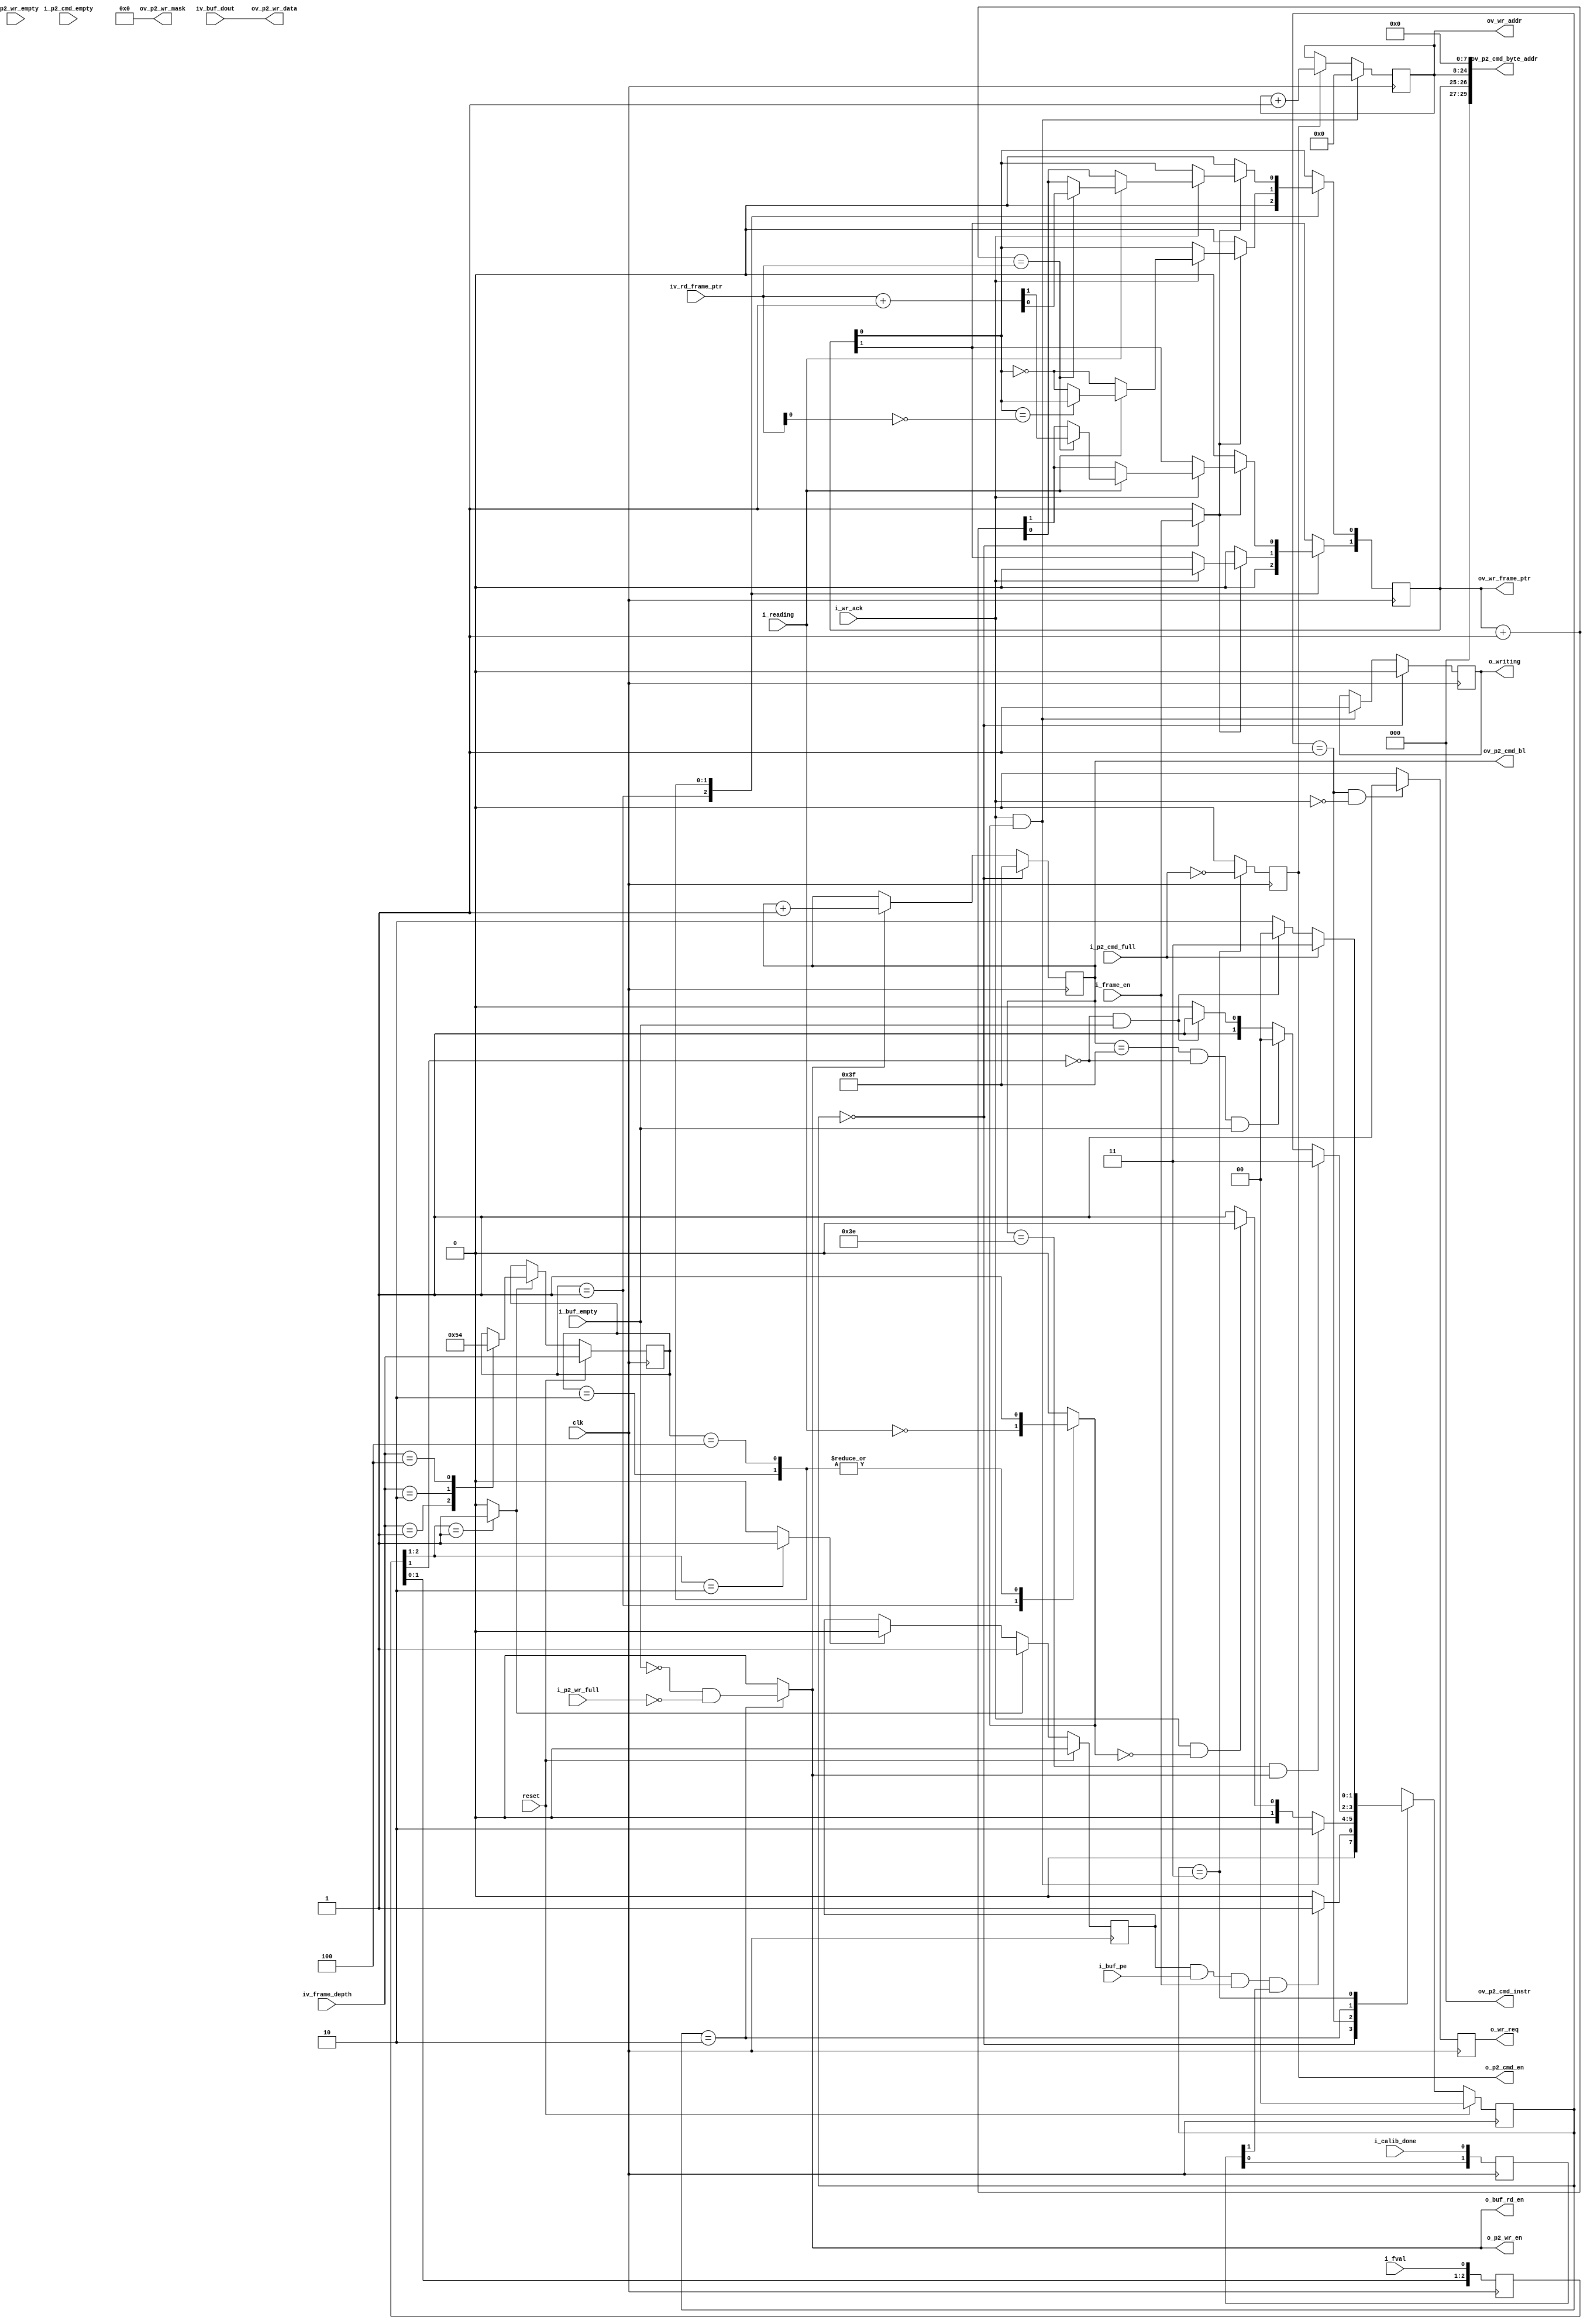
//-------------------------------------------------------------------------------------------------
//  --    : , 2010 -2015.
//  --      .
//  --          : FPGA
//  --        : wr_logic
//  --        : 
//-------------------------------------------------------------------------------------------------
//
//  --  :
//
//  --          :| 				:|  
//-------------------------------------------------------------------------------------------------
//  --        :| 2013/6/3 16:03:55	:|  
//  --        :| 2013/8/6 15:35:23	:|   fval_fall_reg fval_shift[1]
//-------------------------------------------------------------------------------------------------
//
//  --      :	
//              1)  : FIFOMCB WR FIFO
//
//              2)  : ... ...
//
//              3)  : ... ...
//
//-------------------------------------------------------------------------------------------------
//`include			"frame_buffer_def.v"
///
`timescale 1ns/1ps
//-------------------------------------------------------------------------------------------------

module wr_logic # (
	parameter		RD_WR_WITH_PRE		= "FALSE"	,//read write command end with precharge command
	parameter		DDR3_MEM_DENSITY	= "1Gb"		//DDR3  "1Gb" "512Mb"
	)
	(
	//
	input						clk					,
	input						reset				,
	//
	input	[2:0]				iv_frame_depth		,//  1 2 4
	input						i_frame_en			,//
	//
	input						i_fval				,//
	//FIFO
	input	[31:0]				iv_buf_dout			,//FIFO
	output						o_buf_rd_en			,//FIFO
	input						i_buf_pe			,//FIFO
	input						i_buf_empty			,//FIFO
	//wr logic
	output	[1:0]				ov_wr_frame_ptr		,//
	output	[16:0]				ov_wr_addr			,//
	output						o_writing			,//
	//judge
	output						o_wr_req			,//
	input						i_wr_ack			,//
	//rd logic
	input	[1:0]				iv_rd_frame_ptr		,//
	input						i_reading			,//
	//MCB FIFO
	input						i_calib_done		,//MCB
	output						o_p2_cmd_en			,//MCB CMD FIFO 
	output	[2:0]				ov_p2_cmd_instr		,//MCB CMD FIFO 
	output	[5:0]				ov_p2_cmd_bl		,//MCB CMD FIFO 
	output	[29:0]				ov_p2_cmd_byte_addr	,//MCB CMD FIFO 
	input						i_p2_cmd_empty		,//MCB CMD FIFO 
	input						i_p2_cmd_full		,//MCB CMD FIFO 

	output						o_p2_wr_en			,//MCB WR FIFO 
	output	[3:0]				ov_p2_wr_mask		,//MCB WR 
	output	[31:0]				ov_p2_wr_data		,//MCB WR FIFO 
	input						i_p2_wr_full		,//MCB WR FIFO 
	input						i_p2_wr_empty		//MCB WR FIFO 
	);

	//ref signals

	//FSM Parameter Define
	parameter	S_IDLE		= 2'd0;
	parameter	S_REQ		= 2'd1;
	parameter	S_WR		= 2'd2;
	parameter	S_CMD		= 2'd3;

	reg		[1:0]	current_state;
	reg		[1:0]	next_state;

	//FSM for sim
	// synthesis translate_off
	integer			state_ascii;
	always @ ( * ) begin
		case(current_state)
			2'd0 :	state_ascii	<= "S_IDLE";
			2'd1 :	state_ascii	<= "S_REQ";
			2'd2 :	state_ascii	<= "S_WR";
			2'd3 :	state_ascii	<= "S_CMD";
		endcase
	end
	// synthesis translate_on

	reg		[1:0]				calib_done_shift 	= 2'b0;
	reg		[2:0]				fval_shift 			= 3'b100;
	wire						fval_rise			;
	wire						fval_fall			;

	reg							buf_rd_reg 			= 1'b0;
	wire						buf_rd_int			;
	reg		[5:0]				word_cnt 			= 6'b111111;
	reg							cmd_en_reg 			= 1'b0;


	`ifdef	TERRIBLE_TRAFFIC			//10
		reg		[1:0]				wr_frame_ptr 		= 2'b01;
	`else
		reg		[1:0]				wr_frame_ptr 		= 2'b00;
	`endif

	reg		[16:0]				wr_addr 			= 17'b0;
	reg							able_to_write 		= 1'b0;
	reg							wr_req_reg 			= 1'b0;
	reg		[2:0]				frame_depth_d 		= 3'b0;
	reg		[2:0]				frame_depth_reg 	= 3'b0;
	reg							fval_rise_reg 		= 1'b0;
	wire						frame_en_int		;
	reg							writing 			= 1'b0;
	reg							wr_cmd_reg 			= 1'b0;


	//ref ARCHITECTURE

	//  -------------------------------------------------------------------------------------
	//  calib_done  mcb drp clk 
	//  -------------------------------------------------------------------------------------
	always @ (posedge clk) begin
		calib_done_shift	<= {calib_done_shift[0],i_calib_done};
	end

	//  -------------------------------------------------------------------------------------
	//  
	//  -------------------------------------------------------------------------------------

	//
	always @ (posedge clk) begin
		fval_shift	<= {fval_shift[1:0],i_fval};
	end

	assign	fval_rise	= (fval_shift[2:1] == 2'b01) ? 1'b1 : 1'b0;
	assign	fval_fall	= (fval_shift[2:1] == 2'b10) ? 1'b1 : 1'b0;

	always @ (posedge clk) begin
		if(reset) begin
			fval_rise_reg	<= 1'b0;
		end
		else begin
			if(fval_rise == 1'b1) begin
				fval_rise_reg	<= 1'b1;
			end
			else if(fval_fall == 1'b1) begin
				fval_rise_reg	<= 1'b0;
			end
		end
	end

	// frame_depth
	//0
	// 1 2 4
	always @ (posedge clk) begin
		if(reset) begin
			frame_depth_reg		<= iv_frame_depth;
		end else begin
			if(fval_rise == 1'b1) begin
				case(iv_frame_depth)
					3'b001 :
					frame_depth_reg		<= 3'b001;
					3'b010 :
					frame_depth_reg		<= 3'b010;
					3'b100 :
					frame_depth_reg		<= 3'b100;
					default :
					frame_depth_reg		<= frame_depth_reg;
				endcase
			end
		end
	end

	//  -------------------------------------------------------------------------------------
	//  
	//  -------------------------------------------------------------------------------------
	assign	frame_en_int	= (current_state == S_IDLE) ? i_frame_en : 1'b1;

	//  -------------------------------------------------------------------------------------
	//  FIFO
	//  -------------------------------------------------------------------------------------
	//MCB WR FIFO 
	assign	buf_rd_int		= (current_state == S_WR) ? (~i_buf_empty & ~i_p2_wr_full) : 1'b0;
	assign	o_buf_rd_en		= buf_rd_int;

	//FIFOMCB WR FIFO33 FFs
	assign	o_p2_wr_en		= buf_rd_int;
	assign	ov_p2_wr_data	= iv_buf_dout;
	assign	ov_p2_wr_mask	= 4'b0000;

	//burst64
	always @ (posedge clk) begin
		if(current_state == S_IDLE) begin		//wr_adddr
			word_cnt	<= 6'b111111;
		end
		else if(buf_rd_int == 1'b1) begin
			word_cnt	<= word_cnt + 1'b1;
		end
	end

	//  -------------------------------------------------------------------------------------
	//  CMD FIFO
	//  -------------------------------------------------------------------------------------
	//	assign	cmd_en_int	= (current_state == S_CMD) ? (~i_p2_cmd_full) : 1'b0;
	//	assign	o_p2_cmd_en	= cmd_en_int;	//ff

	always @ (posedge clk) begin
		if((current_state == S_CMD)) begin
			wr_cmd_reg	<= ~i_p2_cmd_full;
		end
		else begin
			wr_cmd_reg	<= 1'b0;
		end
	end

	assign	o_p2_cmd_en	= wr_cmd_reg;

	generate
		if(RD_WR_WITH_PRE=="TRUE") begin
			assign	ov_p2_cmd_instr	= 3'b010;	//write with auto precharge
		end
		else begin
			assign	ov_p2_cmd_instr	= 3'b000;		//write without auto precharge
		end
	endgenerate

	assign	ov_p2_cmd_bl	= word_cnt;		//word_cntDDR

	//  -------------------------------------------------------------------------------------
	//  
	//  -------------------------------------------------------------------------------------
	//burst
	always @ (posedge clk) begin
		if((i_wr_ack == 1'b1)&&(able_to_write == 1'b1)) begin		//writing
			wr_addr	<= 'b0;
			//		end else if(cmd_en_int == 1'b1) begin
		end
		else if(wr_cmd_reg == 1'b1) begin
			wr_addr	<= wr_addr + 1;
		end
	end
	assign	ov_wr_addr	= wr_addr;

	//  -------------------------------------------------------------------------------------
	//  
	//  -------------------------------------------------------------------------------------
	always @ (posedge clk) begin
		if((current_state == S_REQ)&&(i_wr_ack == 1'b0)) begin
			wr_req_reg	<= 1'b1;
		end
		else begin
			wr_req_reg	<= 1'b0;
		end
	end
	assign	o_wr_req	= wr_req_reg;

	always @ (posedge clk) begin
		if(current_state == S_IDLE) begin
			writing	<= 1'b0;
		end
		else if((i_wr_ack == 1'b1)&&(able_to_write == 1'b1)) begin
			writing	<= 1'b1;
		end
	end

	assign	o_writing	= writing;
	//  -------------------------------------------------------------------------------------
	//  
	//  -------------------------------------------------------------------------------------

	//
	always @ ( * ) begin
		case(frame_depth_reg)
			3'b001 :		//1 frame	
			begin
				able_to_write		<= !i_reading;
			end
			3'b010 :		//2 frames	
			begin
				able_to_write		<= 1'b1;
			end
			3'b100 :		//4 frames	
			begin
				able_to_write		<= 1'b1;
			end
			default :
			begin
				able_to_write		<= 1'b0;					//
			end
		endcase
	end

	assign	ov_wr_frame_ptr				= wr_frame_ptr;
	//	assign	ov_p2_cmd_byte_addr			= {{3'b0},wr_frame_ptr,wr_addr,{8'b0}};
	//  -------------------------------------------------------------------------------------
	//	UG388 pg63 
	//	ddr3
	//	256yte8bit0
	//	512Mb
	//  -------------------------------------------------------------------------------------
	generate
		if(DDR3_MEM_DENSITY=="512Mb") begin
			assign	ov_p2_cmd_byte_addr	= {{4'b0},wr_frame_ptr,wr_addr[15:0],{8'b0}};
		end
		else begin
			assign	ov_p2_cmd_byte_addr	= {{3'b0},wr_frame_ptr,wr_addr[16:0],{8'b0}};
		end
	endgenerate

	always @ (posedge clk) begin
		case(frame_depth_reg)
			3'b001 :						//1 frame
			wr_frame_ptr	<= 'b0;
			3'b010 :						//2 frames
			if(frame_en_int == 1'b0) begin			//IDLE
				wr_frame_ptr	<= 'b0;
			end
			else begin
				if(i_wr_ack == 1'b1) begin											//cycle
					if(i_reading == 1'b1) begin
						if(wr_frame_ptr[0] == ~iv_rd_frame_ptr[0]) begin			//
							wr_frame_ptr[1]	<= 1'b0;								//2MSB0
							wr_frame_ptr[0]	<= wr_frame_ptr[0];						//LSB
						end
						else begin												//
							wr_frame_ptr[1]	<= 1'b0;								//2MSB0
							wr_frame_ptr[0]	<= ~wr_frame_ptr[0];					//LSB+1
						end
					end
					else begin													//
						wr_frame_ptr[1]	<= 1'b0;									//2MSB0
						wr_frame_ptr[0]	<= ~wr_frame_ptr[0];						//LSB+1
					end
				end
			end
			3'b100 :						//4 frames
			if(frame_en_int == 1'b0) begin			//IDLE
				`ifdef	TERRIBLE_TRAFFIC			//10
					wr_frame_ptr	<= 2'b01;
				`else
					wr_frame_ptr	<= 2'b00;
				`endif
			end
			else begin
				if(i_wr_ack == 1'b1) begin											//cycle
					if(i_reading == 1'b1) begin
						if((wr_frame_ptr + 1) == iv_rd_frame_ptr) begin				//
							wr_frame_ptr	<= iv_rd_frame_ptr + 1;					//=+1
						end
						else begin												//
							wr_frame_ptr	<= wr_frame_ptr + 1;					//
						end
					end
					else begin													//
						wr_frame_ptr	<= wr_frame_ptr + 1;						//
					end
				end
			end
			default :
			//			wr_frame_ptr	<= 'b0;		//
			;
		endcase
	end

	//  -------------------------------------------------------------------------------------
	//	ref FSM 
	//  -------------------------------------------------------------------------------------
	//FSM Sequential Logic
	always @ (posedge clk) begin
		if(reset == 1'b1) begin
			current_state	<= S_IDLE;
		end
		else begin
			current_state	<= next_state;
		end
	end

	//FSM Conbinatial Logic
	always @ ( * ) begin
		case(current_state)

			//
			//1 fval
			//2 FIFO
			//3 
			//4 DDR3
			//IDLE
			S_IDLE :
			if((fval_rise_reg == 1'b1)&&(i_buf_pe == 1'b1)&&(i_frame_en == 1'b1)&&(calib_done_shift[1] == 1'b1)) begin
				next_state	= S_REQ;
			end
			else begin
				next_state	= S_IDLE;
			end

			//JUDGE
			//ACK1clk
			S_REQ :
			if((i_wr_ack == 1'b1)&&(able_to_write == 1'b1)) begin
				next_state	= S_WR;
			end
			else if((i_wr_ack == 1'b1)&&(able_to_write == 1'b0)) begin
				next_state	= S_IDLE;
			end
			else begin
				next_state	= S_REQ;
			end

			//FIFO MCB WR FIFO 
			//64burst
			//fval
			S_WR :
			if((word_cnt == 6'b111110)&&(buf_rd_int == 1'b1)) begin			//burst
				next_state	= S_CMD;
				//			end else if((word_cnt == 6'b111111)&&(fval_fall_reg == 1'b1)&&(i_buf_empty == 1'b1)) begin	//
			end
			else if((word_cnt == 6'b111111)&&(fval_shift[1] == 1'b0)&&(i_buf_empty == 1'b1)) begin	//

				next_state	= S_IDLE;
				//			end else if((fval_fall_reg == 1'b1)&&(i_buf_empty == 1'b1)) begin	//FIFO
			end
			else if((fval_shift[1] == 1'b0)&&(i_buf_empty == 1'b1)) begin	//FIFO
				next_state	= S_CMD;
			end
			else begin
				next_state	= S_WR;
			end

			//cmd fifo
			S_CMD :
			if(i_p2_cmd_full == 1'b0) begin				//CMD FIFO
				//				if((i_buf_empty == 1'b1)&&(fval_fall_reg == 1'b1)) begin			//FIFO
				if((i_buf_empty == 1'b1)&&(fval_shift[1] == 1'b0)) begin			//FIFO
					next_state	= S_IDLE;
				end
				else begin							//FIFOFIFO
					next_state	= S_WR;
				end
			end
			else begin
				next_state	= S_CMD;
			end
			default :
			next_state	= S_IDLE;
		endcase
	end



endmodule